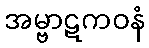
အမ္ဗာဋကဝနံ